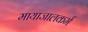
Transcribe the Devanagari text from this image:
मायाजालकर्म